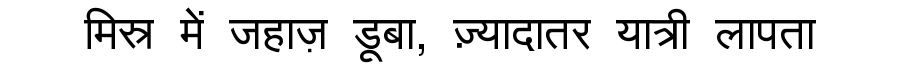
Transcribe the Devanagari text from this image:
मिस्र में जहाज़ डूबा, ज़्यादातर यात्री लापता